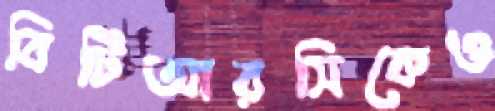
বিটিআরসিকেও